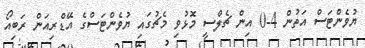
ޔުވެންޓަސް އަތުން 4-0 އިން ޗެލްސީ މޮޅުވި މެޗުގައި ޔުވެންޓަސްގެ އޭޑްރިއަން ރަބިއޯ